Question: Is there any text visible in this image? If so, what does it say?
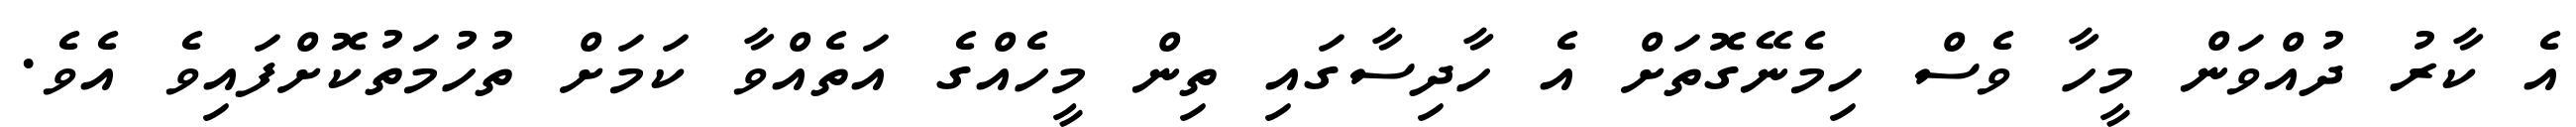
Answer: އެ ކާރު ދުއްވަން މީހާ ވެސް ހިމެނޭގޮތަށް އެ ހާދިސާގައި ތިން މީހެއްގެ އަތެއްވާ ކަމަށް ތުހުމަތުކޮށްފައިވެ އެވެ.